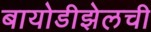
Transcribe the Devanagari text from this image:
बायोडीझेलची